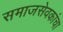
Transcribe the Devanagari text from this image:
समाजसेवकांचा